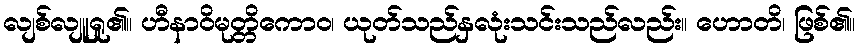
လျစ်လျူရှု၏။ ဟီနာဝိမုတ္တိကောဝ၊ ယုတ်သည်နှလုံးသင်းသည်လည်း။ ဟောတိ၊ ဖြစ်၏။